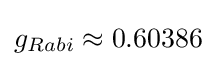
g_{Rabi}\approx 0.60386